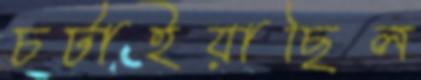
চটাইয়াছিল